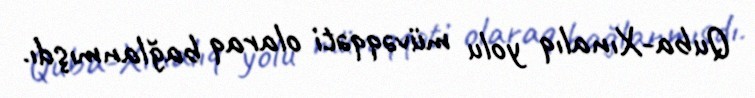
Quba-Xınalıq yolu müvəqqəti olaraq bağlanmışdı.